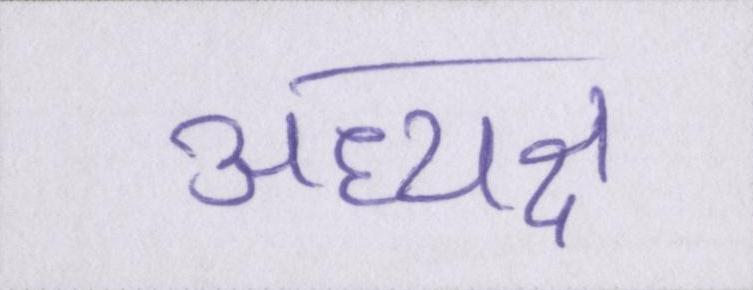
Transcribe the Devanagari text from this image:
अध्यक्ष